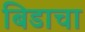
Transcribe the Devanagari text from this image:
बिडाचा